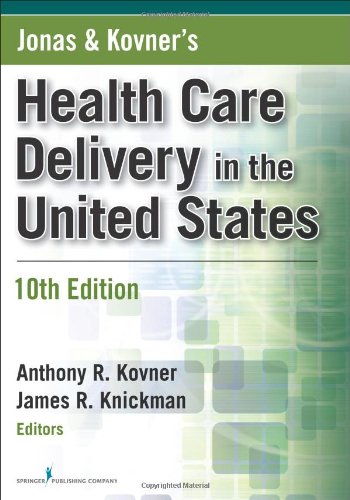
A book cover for Jonas and Kovner's Health Care Delivery in the United States, Tenth Edition (Health Care Delivery in the United States (Jonas & Kovner's)); Medical Books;